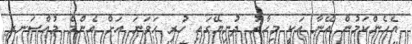
އެހެންކަމުން އޭނާ އަކީ މިހާރު ދުނިޔޭގައި ހުރި ހަވަނަ އަށް އެންމެ މުއްސަނދި